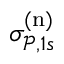
\sigma _ { \mathcal { P } , 1 s } ^ { ( \mathrm { n } ) }